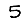
Digit: 5